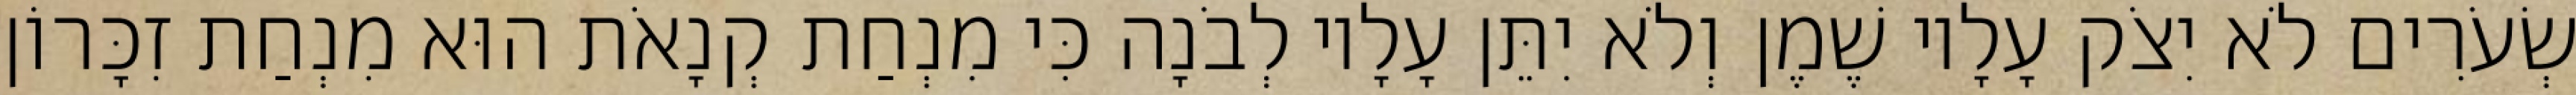
שְׂעֹרִים לֹא יִצֹק עָלָיו שֶׁמֶן וְלֹא יִתֵּן עָלָיו לְבֹנָה כִּי מִנְחַת קְנָאֹת הוּא מִנְחַת זִכָּרוֹן